Indian journal of veterinary science and animal husbandry - Volumes 18-21, 1948-1951
Year: 1948
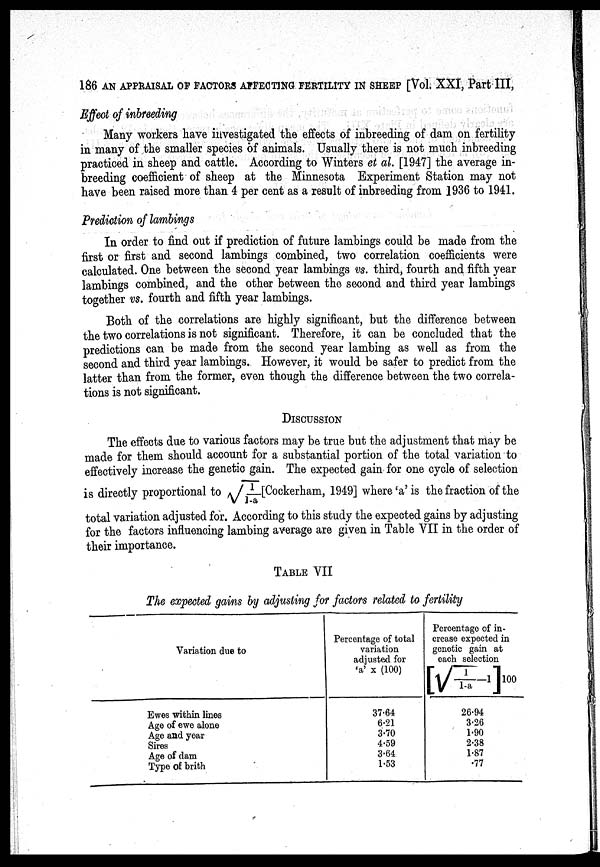
186 AN APPRAISAL OF FACTORS AFFECTING FERTILITY IN SHEEP [Vol. XXI, Part III,
Effect of inbreeding
Many workers have investigated the effects of inbreeding of dam on fertility
in many of the smaller species of animals. Usually there is not much inbreeding
practiced in sheep and cattle. According to Winters et al. [1947] the average in
breeding coefficient of sheep at the Minnesota Experiment Station may not
have been raised more than 4 per cent as a result of inbreeding from 1936 to 1941.
Prediction of lambings
In order to find out if prediction of future lambings could be made from the
first or first and second lambings combined, two correlation coefficients were
calculated. One between the second year lambings vs. third, fourth and fifth year
lambings combined, and the other between the second and third year lambings
together vs. fourth and fifth year lambings.
Both of the correlations are highly significant, but the difference between
the two correlations is not significant. Therefore, it can be concluded that the
predictions can be made from the second year lambing as well as from the
second and third year lambings. However, it would be safer to predict from the
latter than from the former, even though the difference between the two correla
tions is not significant.
DISCUSSION
The effects due to various factors may be true but the adjustment that may be
made for them should account for a substantial portion of the total variation to
effectively increase the genetic gain. The expected gain for one cycle of selection
is directly proportional to √1-a [Cockerham, 1949] where 'a' is the fraction of the
total variation adjusted for. According to this study the expected gains by adjusting
for the factors influencing lambing average are given in Table VII in the order of
their importance.
TABLE VII
The expected gains by adjusting for factors related to fertility
Variation due to
Ewes within lines
Age of ewe alone
Age and year
Sires
Age of dam
Type of brith
Percentage of total
variation
adjusted for
'a' × (100)
37.64
6.21
3.70
4.59
3.64
1.53
Percentage of in-
crease expected in
genetic gain at
each selection
1
1-a-1
100
26.94
3.26
1.90
2.38
1.87
.77